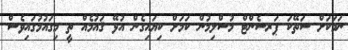
ނަމަކަށް ސަތޭކަ ޕަރސެންޓް މުސްލިމުން ކަމަށް ކިޔައިގެން އުޅޭ ޤައުމެއް ތީ މިގައުމުގައިވެސް